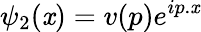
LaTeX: \psi_{2}(\mathit{x})=v(p)e^{ip.\mathit{x}}